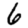
Digit: 6